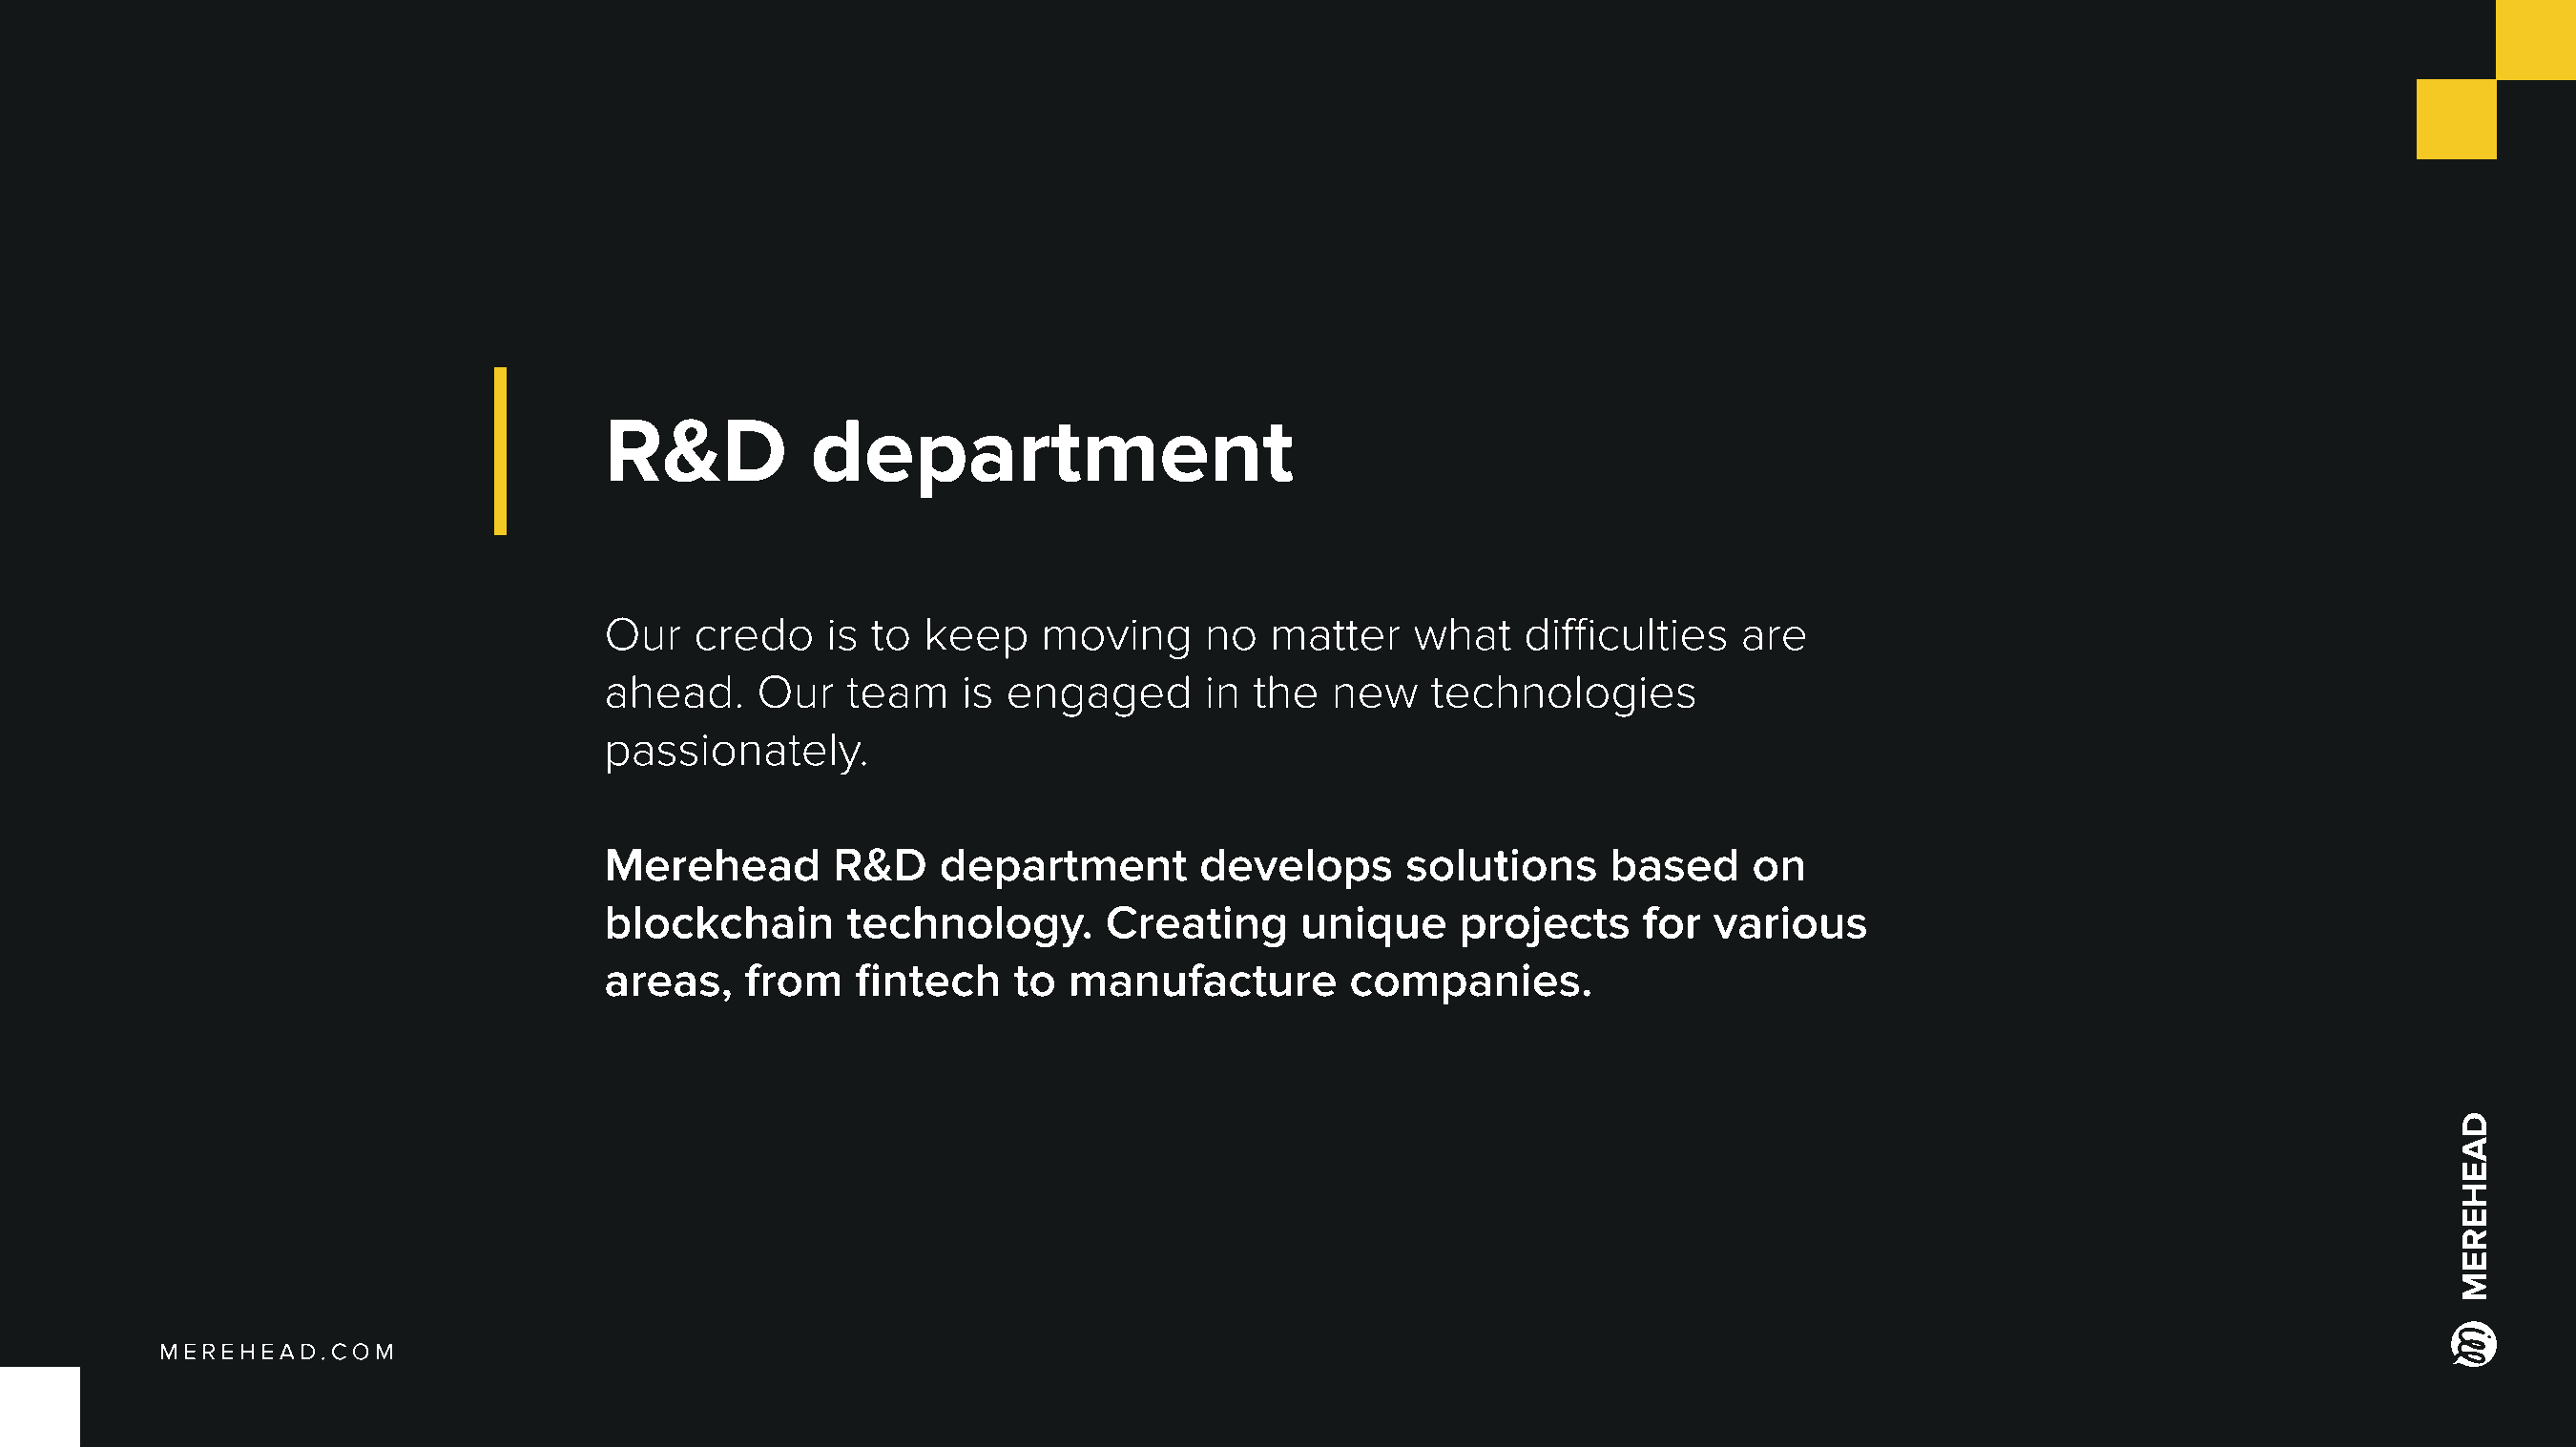
R&D           department
 Our   credo    is to  keep    moving      no  matter    what    difficulties   are
 ahead.     Our   team    is engaged       in the  new    technologies
 passionately.
 Merehead        R&D    department        develops       solutions     based     on
 blockchain       technology.       Creating     unique     projects     for  various
 areas,    from   fintech    to  manufacture         companies.
 Merehead.com